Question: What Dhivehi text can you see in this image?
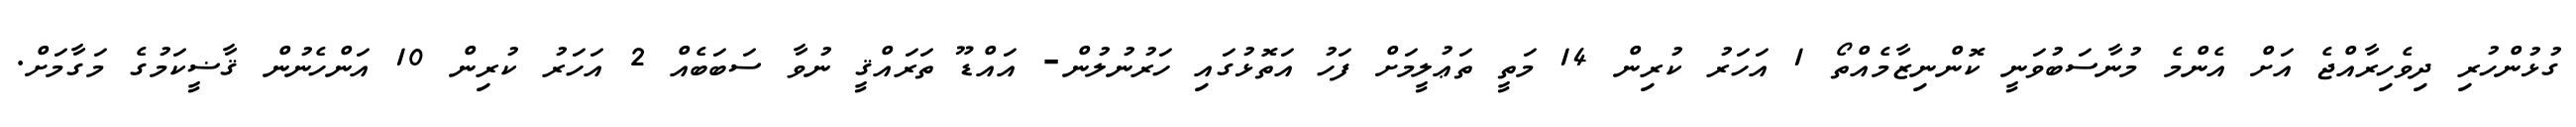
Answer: ގުޅުންހުރި ދިވެހިރާއްޖެ އަށް އެންމެ މުނާސަބުވަނީ ކޮންނިޒާމެއްތޯ 1 އަހަރު ކުރިން 14 މަތީ ތަޢުލީމަށް ފަހު އަތޮޅުގައި ހަރުނުލުން- އައްޑޫ ތަރައްޤީ ނުވާ ސަބަބެއް 2 އަހަރު ކުރިން 10 އަންހެނުން ޤާޟީކަމުގެ މަގާމަށް.